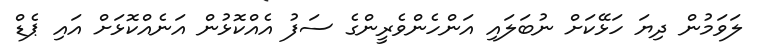
ލަވަމުން ދިޔަ ހަޅޭކަށް ނުބަލައި އަންހެންވެރީންގެ ސަފު އެއްކޮޅުން އަނެއްކޮޅަށް އައި ޕެޑް